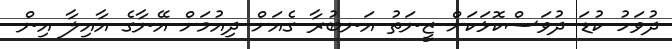
ދުވަހު ކުޑަ ދުވަސްކޮޅަކަށް ޒީނަތު އަނބުރާ ގެއަށް ދިއުމަށް އޭނާގެ އާއިލާ އިން